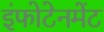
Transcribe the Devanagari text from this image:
इंफोटेनमेंट